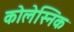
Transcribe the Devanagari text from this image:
कोलेस्निक